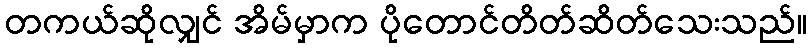
တကယ်ဆိုလျှင် အိမ်မှာက ပိုတောင်တိတ်ဆိတ်သေးသည်။